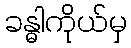
ခန္ဓါကိုယ်မှ